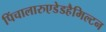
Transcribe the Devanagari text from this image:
पिंचालारुएडेडहैमिल्टन